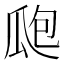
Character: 瓟